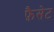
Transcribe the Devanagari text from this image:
फ़ैसेट